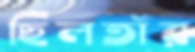
ছিলতাঁর